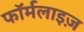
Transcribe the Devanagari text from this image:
फॉर्मलाइज़